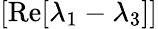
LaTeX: [\textrm{Re}[\lambda_{1}-\lambda_{3}]]